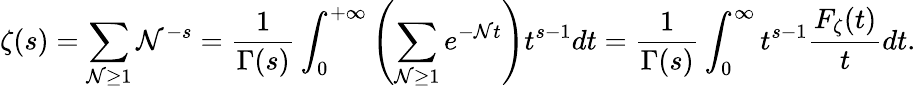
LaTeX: \zeta(s)=\sum_{\mathcal{N}\geq1}\mathcal{N}^{-s}={\frac{{1}}{{\Gamma(s)}}}\int_{0}^{+\infty}\left(\sum_{\mathcal{N}\geq1}e^{-\mathcal{N}t}\right)t^{s-1}dt={\frac{{1}}{{\Gamma(s)}}}\int_{0}^{\infty}t^{s-1}{\frac{{F_{\zeta}(t)}}{{t}}}dt.